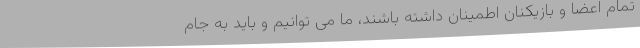
تمام اعضا و بازیکنان اطمینان داشته باشند، ما می توانیم و باید به جام